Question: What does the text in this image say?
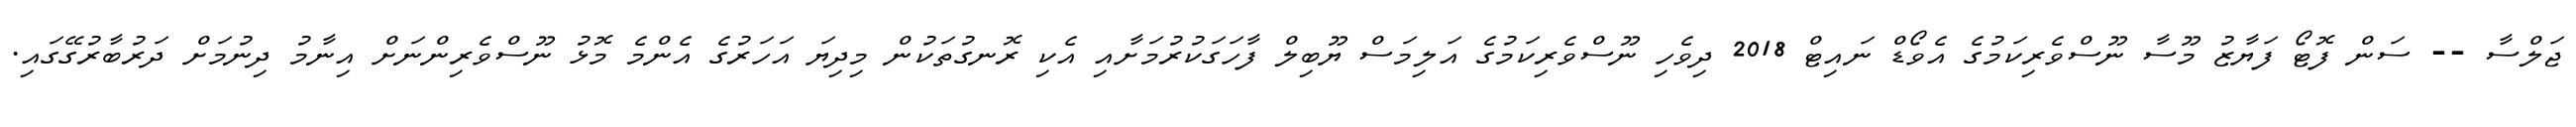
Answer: ޖަލްސާ -- ސަން ފޮޓޯ ފަޔާޒު މޫސާ ނޫސްވެރިކަމުގެ އެވޯޑް ނައިޓް 2018 ދިވެހި ނޫސްވެރިކަމުގެ އަލިމަސް ޔޫބިލް ފާހަގަކުރުމަށާއި އެކި ރޮނގުތަކުން މިދިޔަ އަހަރުގެ އެންމެ މޮޅު ނޫސްވެރިންނަށް އިނާމު ދިނުމަށް ދަރުބާރުގޭގައި.